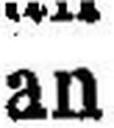
an